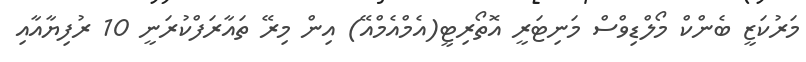
މަރުކަޒީ ބެންކް މޯލްޑިވްސް މަނިޓަރީ އޮތޯރިޓީ(އެމްއެމްއޭ) އިން މިރޭ ތައާރަފްކުރަނީ 10 ރުފިޔާއާއި